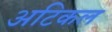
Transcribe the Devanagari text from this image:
अटिकल